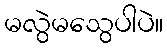
မလွဲမသွေပါပဲ။